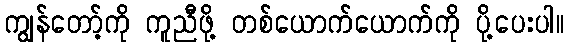
ကျွန်တော့်ကို ကူညီဖို့ တစ်ယောက်ယောက်ကို ပို့ပေးပါ။